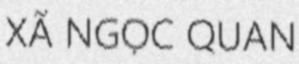
XÃ NGỌC QUAN